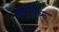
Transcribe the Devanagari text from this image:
कथिरू